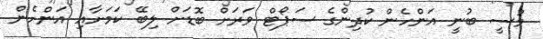
މުސީ ބުނީ އަންހެން ކުދިންގެ ސަޕޯޓް ވަރަށް ބޮޑަށް ލިބޭ ކަމަށާއި އަންހެން